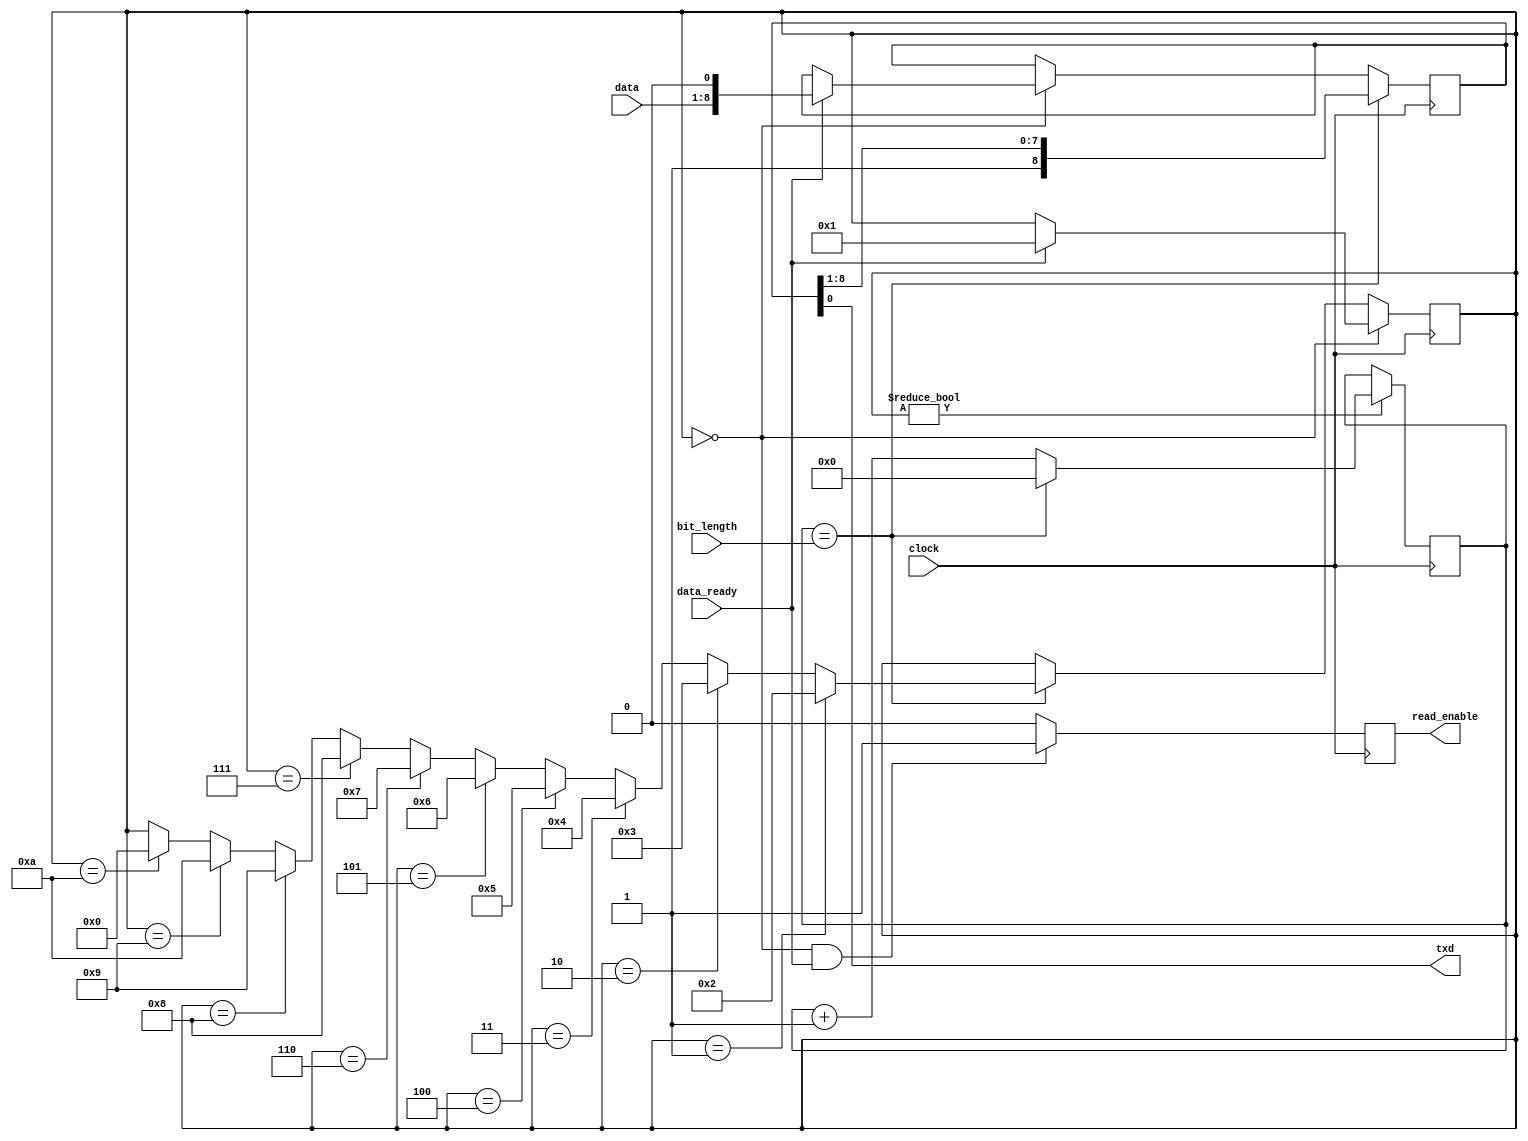
//    Copyright (C) 2014  Piotr Wiszowaty
//
//    This program is free software: you can redistribute it and/or modify
//    it under the terms of the GNU General Public License as published by
//    the Free Software Foundation, either version 3 of the License, or
//    (at your option) any later version.
//  
//    This program is distributed in the hope that it will be useful,
//    but WITHOUT ANY WARRANTY; without even the implied warranty of
//    MERCHANTABILITY or FITNESS FOR A PARTICULAR PURPOSE.  See the
//    GNU General Public License for more details.
//
//    You should have received a copy of the GNU General Public License
//    along with this program.  If not, see <http://www.gnu.org/licenses/>.

`timescale 1ns / 1ps
module uart_tx(clock, txd, data, data_ready, read_enable, bit_length);

parameter BIT_LENGTH_WIDTH = 16;

parameter IDLE  = 4'd0;
parameter START = 4'd1;
parameter BIT0  = 4'd2;
parameter BIT1  = 4'd3;
parameter BIT2  = 4'd4;
parameter BIT3  = 4'd5;
parameter BIT4  = 4'd6;
parameter BIT5  = 4'd7;
parameter BIT6  = 4'd8;
parameter BIT7  = 4'd9;
parameter STOP  = 4'd10;

input clock;
output txd;
input [7:0] data;                           // byte to transmit
input data_ready;                           // data present in tx fifo
output reg read_enable = 1'b0;              // tx fifo read enable
input [BIT_LENGTH_WIDTH-1:0] bit_length;    // number of clock periods per bit minus 1

reg [3:0] state = IDLE;
reg [BIT_LENGTH_WIDTH-1:0] bit_time = 0;
reg [8:0] buffer = 9'h1ff;

assign txd = buffer[0];

always @(posedge clock) begin
    if (state == IDLE) begin
        if (data_ready) begin
            buffer <= {data, 1'b0};
            state <= START;
        end
    end
    else if (bit_time == bit_length) begin
        if (state == START) state <= BIT0;
        else if (state == BIT0) state <= BIT1;
        else if (state == BIT1) state <= BIT2;
        else if (state == BIT2) state <= BIT3;
        else if (state == BIT3) state <= BIT4;
        else if (state == BIT4) state <= BIT5;
        else if (state == BIT5) state <= BIT6;
        else if (state == BIT6) state <= BIT7;
        else if (state == BIT7) state <= STOP;
        else if (state == STOP) state <= IDLE;
    end

    if ((state == IDLE) & data_ready)
        read_enable <= 1'b1;
    else
        read_enable <= 1'b0;

    if (state != IDLE)
        if (bit_time == bit_length)
            bit_time <= 0;
        else
            bit_time <= bit_time + 1'b1;

    if (bit_time == bit_length)
        buffer <= {1'b1, buffer[8:1]};
end

endmodule